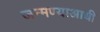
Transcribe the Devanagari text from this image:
जन्मण्याआधी